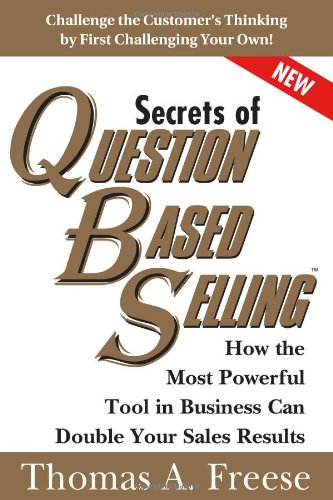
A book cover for Secrets of Question-Based Selling: How the Most Powerful Tool in Business Can Double Your Sales Results; Thomas Freese; Business & Money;